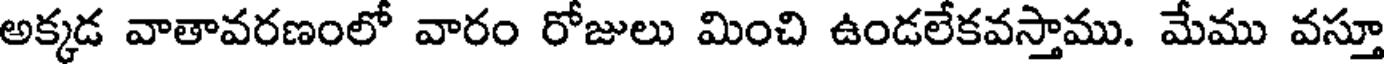
అక్కడ వాతావరణంలో వారం రోజులు మించి ఉండలేకవస్తాము. మేము వస్తూ